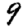
Digit: 9